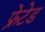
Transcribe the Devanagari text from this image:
फ्रेटेड